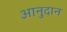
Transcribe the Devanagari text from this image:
आनुदान